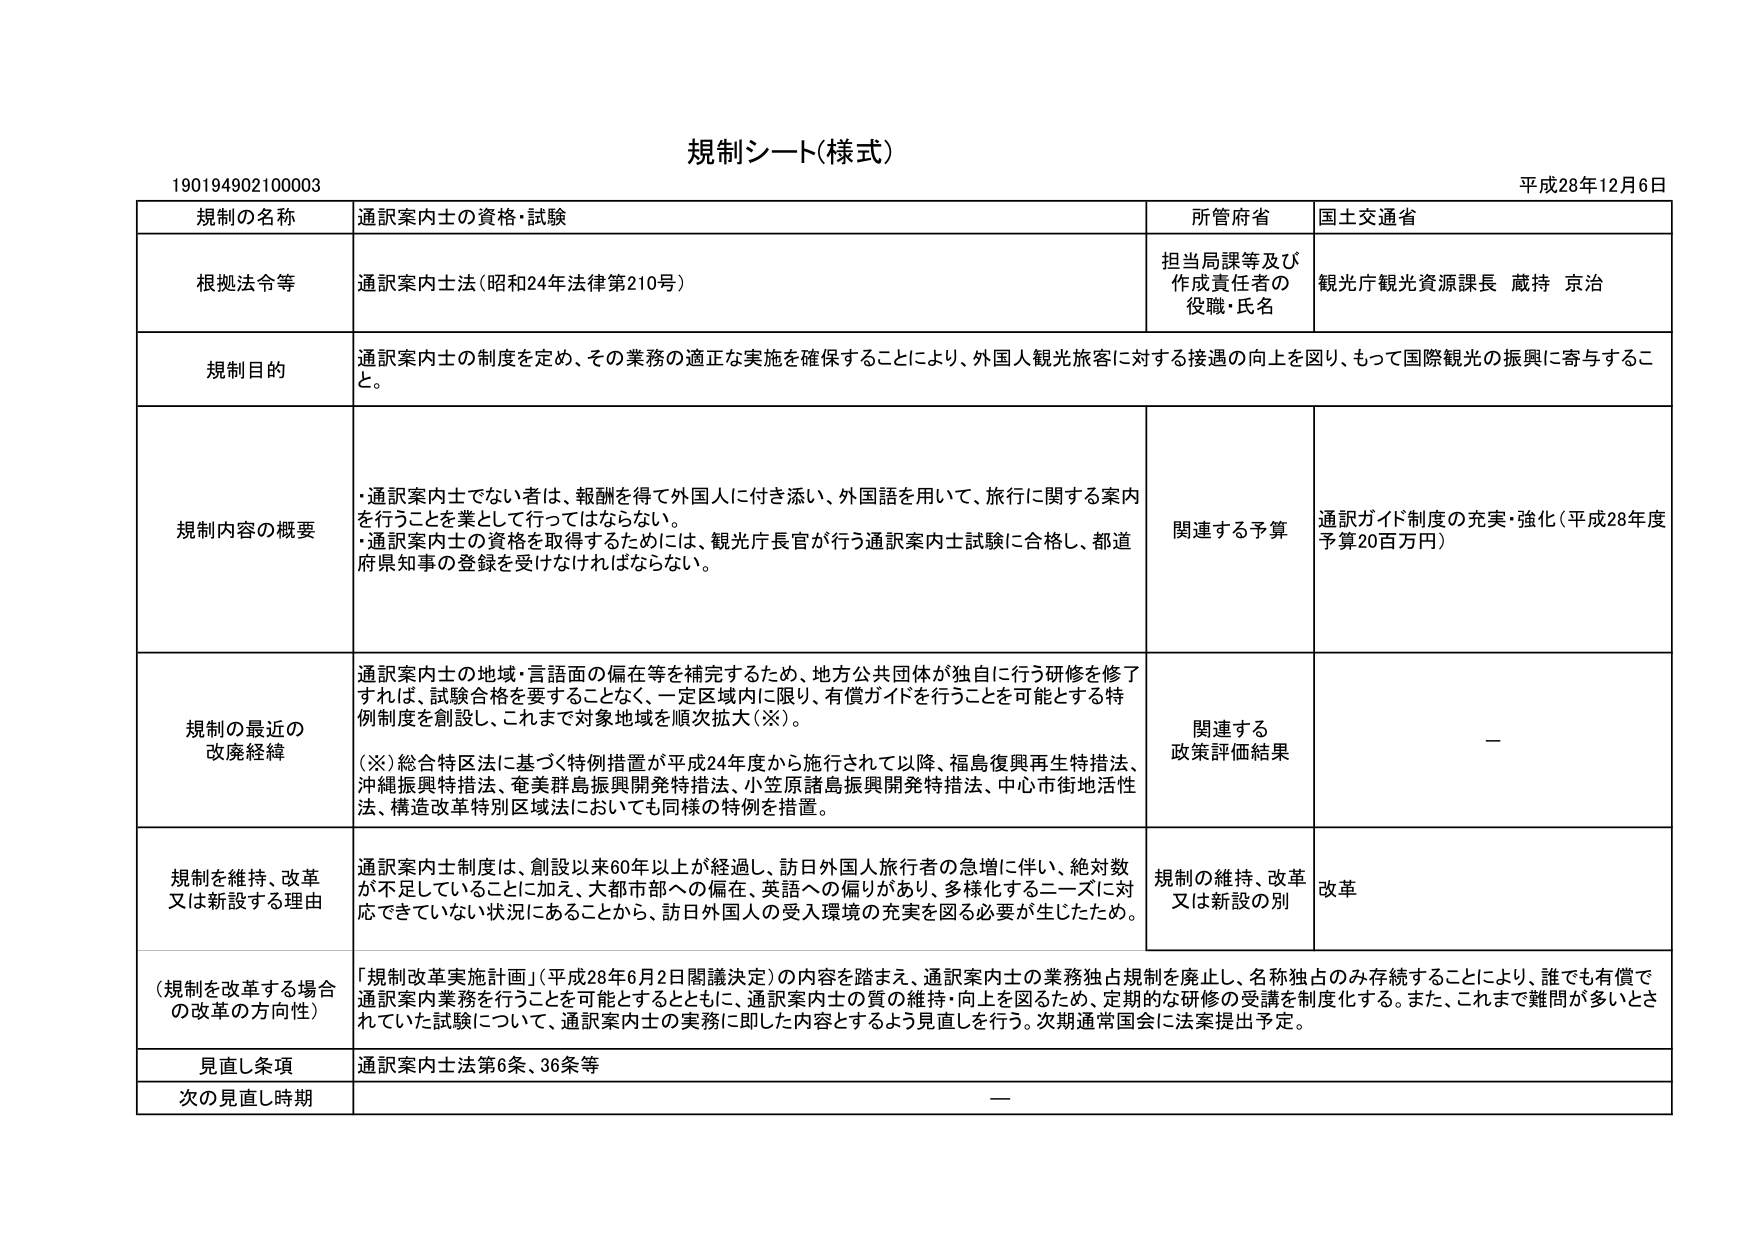
規制シート(様式)

190194902100003

平成28年12月6日

規制の名称 通訳案内士の資格・試験

所管府省 国土交通省

根拠法令等 通訳案内士法(昭和24年法律第210号)

担当局課等及び作成責任者の役職・氏名 観光庁観光資源課長 蔵持 京治

規制目的 通訳案内士の制度を定め、その業務の適正な実施を確保することにより、外国人観光旅客に対する接遇の向上を図り、もって国際観光の振興に寄与すること。

規制内容の概要
・通訳案内士でない者は、報酬を得て外国人に付き添い、外国語を用いて、旅行に関する案内を行うことを業として行ってはならない。
・通訳案内士の資格を取得するためには、観光庁長官が行う通訳案内士試験に合格し、都道府県知事の登録を受けなければならない。

関連する予算 通訳ガイド制度の充実・強化(平成28年度予算20百万円)

規制の最近の改廃経緯 通訳案内士の地域・言語面の偏在等を補完するため、地方公共団体が独自に行う研修を修了すれば、試験合格を要することなく、一定区域内に限り、有償ガイドを行うことを可能とする特例制度を創設し、これまで対象地域を順次拡大(※)。
(※)総合特区法に基づく特例措置が平成24年度から施行されて以降、福島復興再生特措法、沖縄振興特措法、奄美群島振興開発特措法、小笠原諸島振興開発特措法、中心市街地活性法、構造改革特別区域法においても同様の特例を措置。

関連する政策評価結果 －

規制を維持、改革又は新設する理由 通訳案内士制度は、創設以来60年以上が経過し、訪日外国人旅行者の急増に伴い、絶対数が不足していることに加え、大都市部への偏在、英語への偏りがあり、多様化するニーズに対応できていない状況にあることから、訪日外国人の受入環境の充実を図る必要が生じたため。

規制の維持、改革又は新設の別 改革

(規制を改革する場合の改革の方向性) 「規制改革実施計画」(平成28年6月2日閣議決定)の内容を踏まえ、通訳案内士の業務独占規制を廃止し、名称独占のみ存続することにより、誰でも有償で通訳案内業務を行うことを可能とするとともに、通訳案内士の質の維持・向上を図るため、定期的な研修の受講を制度化する。また、これまで難問が多いとされていた試験について、通訳案内士の実務に即した内容とするよう見直しを行う。次期通常国会に法案提出予定。

見直し条項 通訳案内士法第6条、36条等

次の見直し時期 －